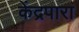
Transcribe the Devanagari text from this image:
केंद्रपारा